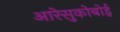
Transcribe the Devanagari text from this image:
आरेसुकोबोई